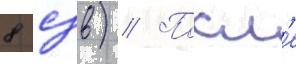
8 сзв) // Посл'е